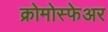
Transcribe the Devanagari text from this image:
क्रोमोस्फेअर